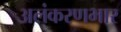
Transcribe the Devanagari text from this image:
अलंकरणभार